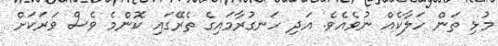
މުޅި ތަން ހަލާކެއް ނުވެއެވެ. އަދި ހަނގުރާމައިގެ ތެރޭގައި ކޮންމެ ވެސް ވަރަކަށް